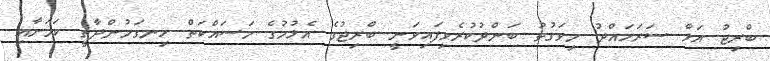
ބްރިޖު އަޅާ ސަރަހައްދު މިވަގުތު ބަންދުކުރެވިފައިވަނީ ބްރިޖުގެ އެޅުމުގެ މަސައްކަތް ހިނގަމުންދާތީ ކަމަށާއި